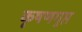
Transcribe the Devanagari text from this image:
कृषणगुप्त